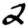
Digit: 2